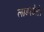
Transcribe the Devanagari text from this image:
लाडरडेले।